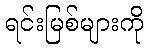
ရင်းမြစ်များကို